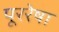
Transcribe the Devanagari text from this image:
पूररेषा